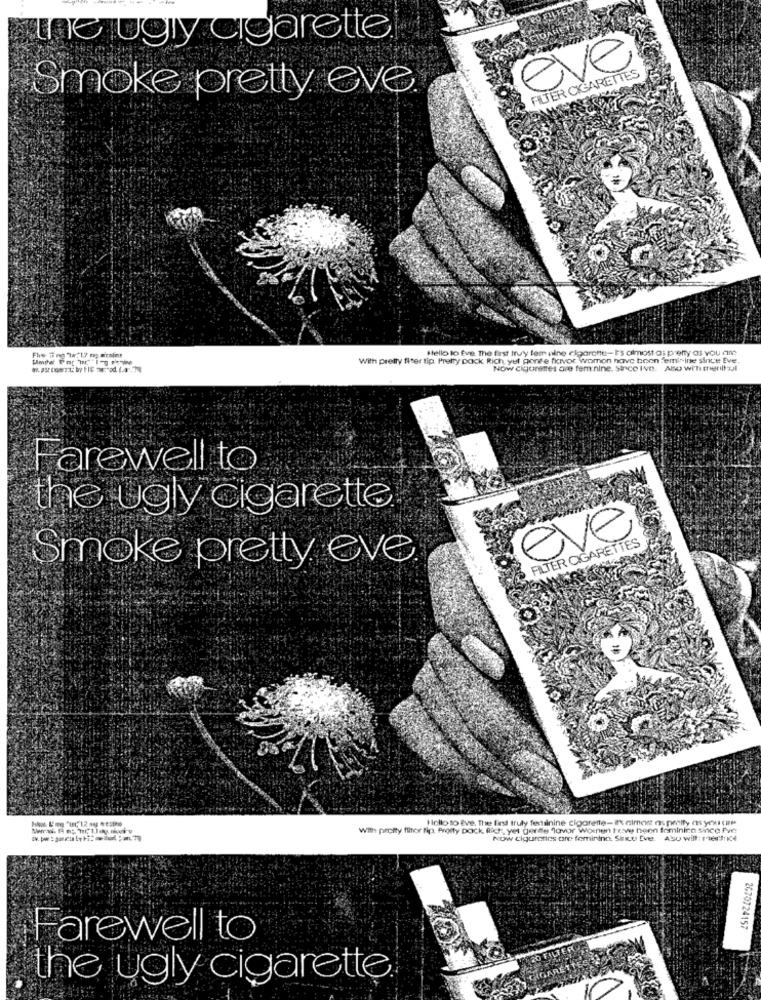
The ugly cigarette
eve
FILTER CIGARETTES
Smoke pretty eve.
Hello to Ève, The first try tem pine elparante-Fs almost as pretty as vou ant
With pretty fleer tip. Pretty pack Rich, yet pone'e fkivor womon have been "emisine since Eve
Now cigarettes are feminine. sirico Ivo. Ano wi'n menthol
Farewell to
the ugly cigarette.
eve
FILTER CIGARETTES
Smoke pretty eve
Hello to Eve. The find truly ferainine cigarette-If almost as pretty as your cie
With pretty flitor fip. Proity Dock Rich, yet derde lovar Women te been fomininn since Pve
Now ciguroties one feminino. Sincu Ever. Also will: mie"frio4
2070724157
Farewell to
the ugly cigarette.